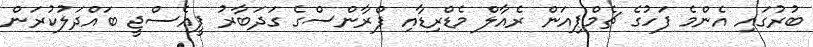
ބުރުގައި އެންމެ ފަހުގެ ޗެމްޕިއަން ރެއާލް މެޑްރިޑާއި ފްރާންސްގެ ގަދަބާރު ޕީއެސްޖީ ބައްދަލުކުރަން